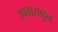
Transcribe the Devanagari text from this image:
उपवासाहून